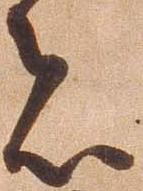
者